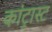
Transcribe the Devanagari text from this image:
कांट्रास्ट